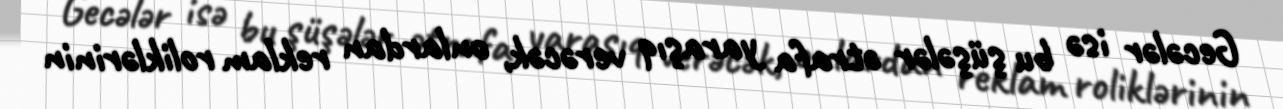
Gecələr isə bu şüşələr ətrafa yaraşıq verəcək, onlardan reklam roliklərinin